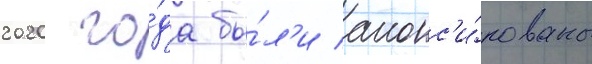
2020 го́да бы́л'и анонс'и́рованы